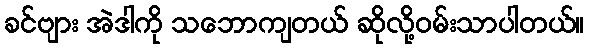
ခင်ဗျား အဲဒါကို သဘောကျတယ် ဆိုလို့ဝမ်းသာပါတယ်။